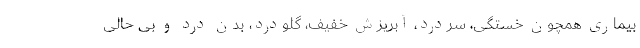
بیماری همچون خستگی، سردرد، آبریزش خفیف، گلودرد، بدن درد و بی حالی